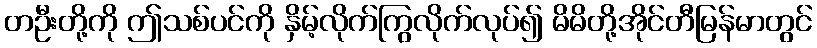
တဦးတို့ကို ဤသစ်ပင်ကို နှိမ့်လိုက်ကြွလိုက်လုပ်၍ မိမိတို့အိုင်တီမြန်မာတွင်